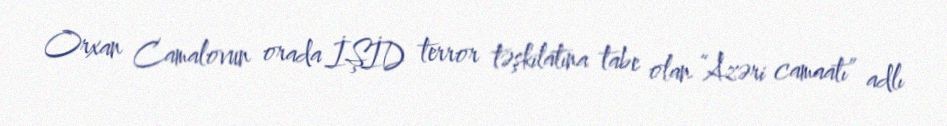
Orxan Camalovun orada İŞİD terror təşkilatına tabe olan “Azəri camaatı” adlı